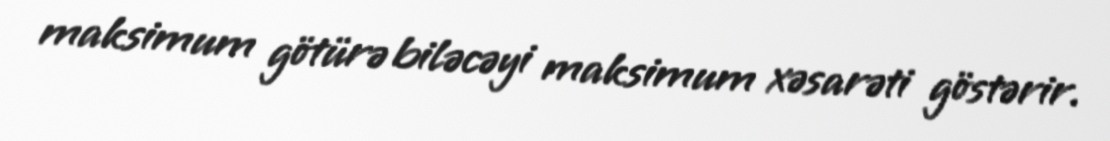
maksimum götürə biləcəyi maksimum xəsarəti göstərir.